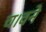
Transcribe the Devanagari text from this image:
च।वने